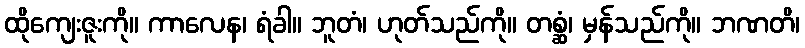
ထိုကျေးဇူးကို။ ကာလေန၊ ရံခါ။ ဘူတံ၊ ဟုတ်သည်ကို။ တစ္ဆံ၊ မှန်သည်ကို။ ဘဏတိ၊